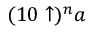
( 1 0 \uparrow ) ^ { n } a